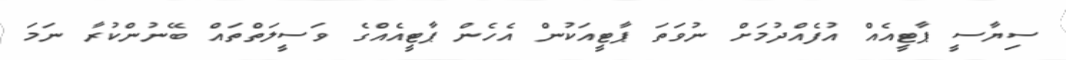
ސިޔާސީ ޕާޓީއެއް އުފެއްދުމަށް ނުވަތަ ޕާޓީއަކުން އެހެން ޕާޓީއެއްގެ ވަސީލަތްތައް ބޭނުންކުރާ ނަމަ